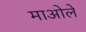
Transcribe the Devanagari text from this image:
माओले